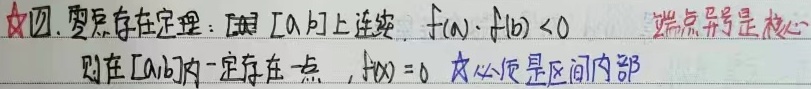
七. 零点存在定理：若函数在\([a,b]\)上连续，且\(f(a)\cdot f(b) < 0\)（端点异号是核心），则在\((a,b)\)内一定存在一点\(x\)，使得\(f(x)=0\)（根必定在区间内部）。